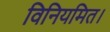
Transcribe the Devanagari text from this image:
विनियमित।